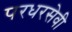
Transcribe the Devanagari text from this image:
परधरसेवी